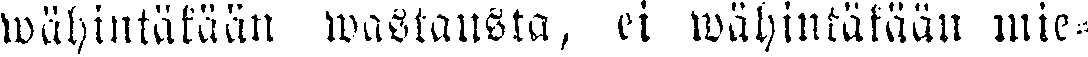
wähintäkään wastausta, ei wahintäkään mie-